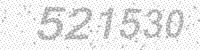
Solution: 521530